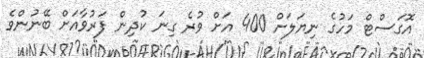
އޮގަސްޓް މަހުގެ ނިޔަލަށް 400 އަށް ވުރެ ގިނަ ކުދިން ފަރުވާއަށް ބޭނުންވެ